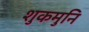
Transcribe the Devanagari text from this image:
शुकमुनि